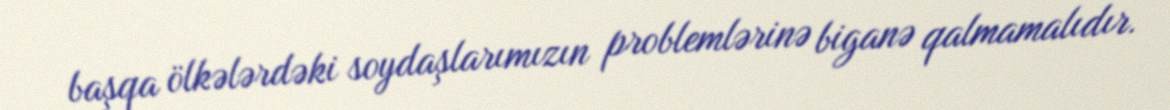
başqa ölkələrdəki soydaşlarımızın problemlərinə biganə qalmamalıdır.